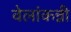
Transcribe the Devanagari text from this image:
वेलांकन्नी